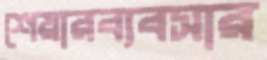
শেয়ারব্যবসার